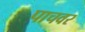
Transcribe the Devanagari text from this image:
पाचवर